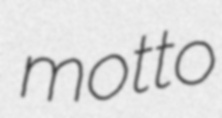
motto